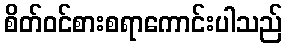
စိတ်ဝင်စားစရာကောင်းပါသည်